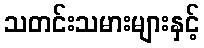
သတင်းသမားများနှင့်